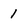
Character: 1